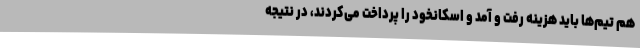
هم تیم‌ها باید هزینه رفت و آمد و اسکانخود را پرداخت می‌کردند، در نتیجه